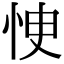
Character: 㤤